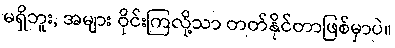
မရှိဘူး, အများ ဝိုင်းကြလို့သာ တတ်နိုင်တာဖြစ်မှာပဲ။